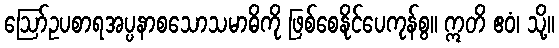
ဩော်ဥပစာရအပ္ပနာစသောသမာဓိကို ဖြစ်စေနိုင်ပေကုန်စွ။ ဣတိ ဧဝံ၊ သို့။